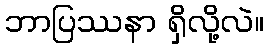
ဘာပြဿနာ ရှိလို့လဲ။